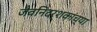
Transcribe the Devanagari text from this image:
जैवनिदर्शकांच्या